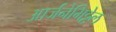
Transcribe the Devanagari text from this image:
आर्जनेमिट्टेल